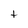
Character: t